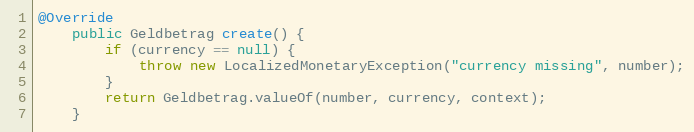
Language: Java
@Override
    public Geldbetrag create() {
        if (currency == null) {
            throw new LocalizedMonetaryException("currency missing", number);
        }
        return Geldbetrag.valueOf(number, currency, context);
    }